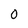
Character: O